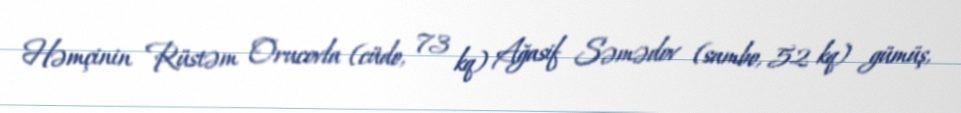
Həmçinin Rüstəm Orucovla (cüdo, 73 kq) Ağasif Səmədov (sambo, 52 kq) gümüş,